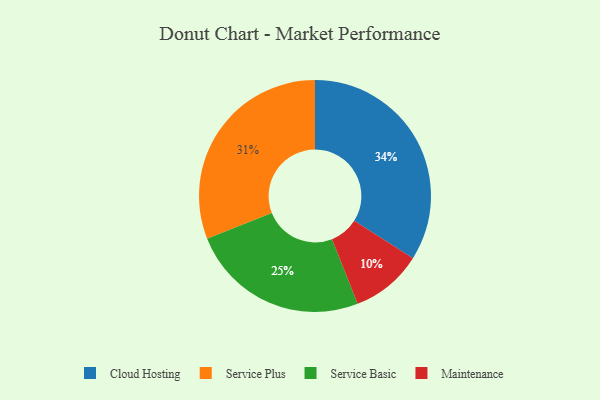
{"axis": {"x": "Category", "y": "Percentage"}, "legend": ["Cloud Hosting", "Maintenance", "Service Basic", "Service Plus"], "data": [{"x": "Service Plus", "y": 31, "type": "Service Plus"}, {"x": "Maintenance", "y": 10, "type": "Maintenance"}, {"x": "Cloud Hosting", "y": 34, "type": "Cloud Hosting"}, {"x": "Service Basic", "y": 25, "type": "Service Basic"}]}